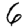
Digit: 6